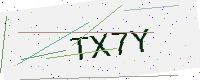
Text: TX7Y